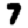
Digit: 7